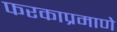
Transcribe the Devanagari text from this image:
फरकाप्रमाणे